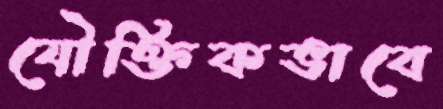
যৌক্তিকভাবে